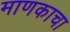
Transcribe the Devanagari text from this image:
माणकाचा